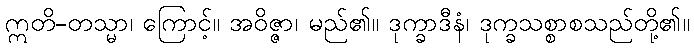
ဣတိ-တသ္မာ၊ ကြောင့်။ အဝိဇ္ဇာ၊ မည်၏။ ဒုက္ခာဒီနံ၊ ဒုက္ခသစ္စာစသည်တို့၏။